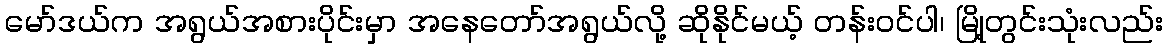
မော်ဒယ်က အရွယ်အစားပိုင်းမှာ အနေတော်အရွယ်လို့ ဆိုနိုင်မယ့် တန်းဝင်ပါ၊ မြို့တွင်းသုံးလည်း